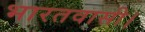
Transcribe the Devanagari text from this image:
भारतवासी।